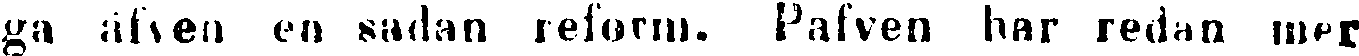
ga äfven en sådan reform. Pafven har redan mer